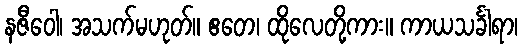
နဇီဝေါ၊ အသက်မဟုတ်။ ဧတေ၊ ထိုလေတို့ကား။ ကာယသင်္ခါရာ၊